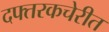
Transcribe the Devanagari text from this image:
दफ्तरकचेरीत